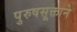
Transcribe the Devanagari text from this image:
पुरुषसूक्ताने